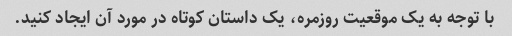
با توجه به یک موقعیت روزمره، یک داستان کوتاه در مورد آن ایجاد کنید.